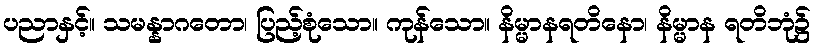
ပညာနှင့်။ သမန္နာဂတော၊ ပြည့်စုံသော။ ကုန်သော။ နိမ္မာနရတိနော၊ နိမ္မာန ရတိဘုံ၌